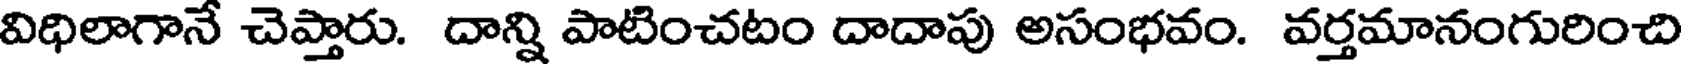
విధిలాగానే చెప్తారు. దాన్ని పాటించటం దాదాపు అసంభవం. వర్తమానంగురించి